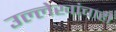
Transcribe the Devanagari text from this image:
उल्लेखांचाही